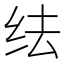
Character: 𬘛